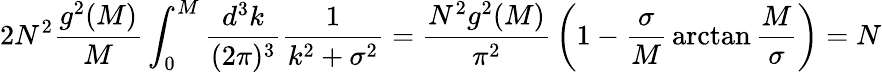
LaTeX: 2N^{2}{\frac{g^{2}(M)}{M}}\int_{0}^{M}{\frac{d^{3}k}{(2\pi)^{3}}}{\frac{1}{k^{2}+\sigma^{2}}}={\frac{N^{2}g^{2}(M)}{\pi^{2}}}\left(1-{\frac{\sigma}{M}}\arctan{\frac{M}{\sigma}}\right)=N